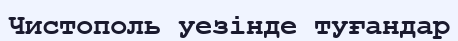
Чистополь уезінде туғандар